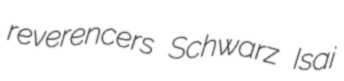
reverencers Schwarz Isai